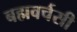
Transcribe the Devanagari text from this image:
बह्मवर्चसी